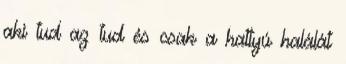
aki tud az tud és csak a hattyú halálát